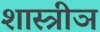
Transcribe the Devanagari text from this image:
शास्त्रीञ